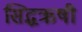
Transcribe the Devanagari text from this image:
सिद्धऋषी